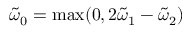
\tilde { \omega } _ { 0 } = \mathrm { m a x } ( 0 , 2 \tilde { \omega } _ { 1 } - \tilde { \omega } _ { 2 } )